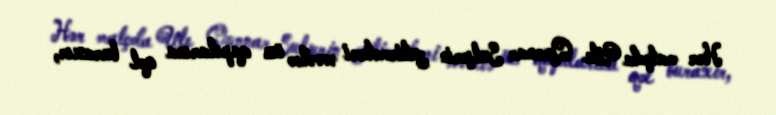
Hər matçda Ule Qunnar Sulşerin yetirmələri əvvəlcə öz qapılarına qol buraxır,